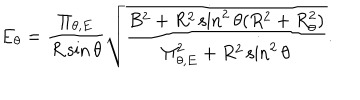
E _ { \theta } = \frac { \Pi _ { \theta , E } } { R \sin \theta } \sqrt { \frac { B ^ { 2 } + R ^ { 2 } \sin ^ { 2 } \theta ( R ^ { 2 } + R _ { \theta } ^ { 2 } ) } { \Pi _ { \theta , E } ^ { 2 } + R ^ { 2 } \sin ^ { 2 } \theta } } .